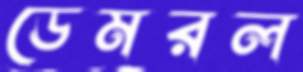
ডেমরল